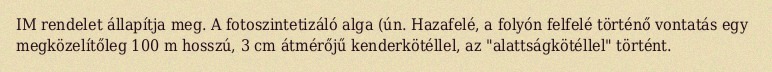
IM rendelet állapítja meg. A fotoszintetizáló alga (ún. Hazafelé, a folyón felfelé történő vontatás egy megközelítőleg 100 m hosszú, 3 cm átmérőjű kenderkötéllel, az "alattságkötéllel" történt.